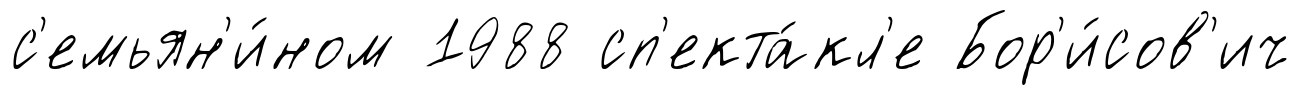
с'емьян'и́ном 1988 сп'екта́кл'е Бор'и́сов'ич